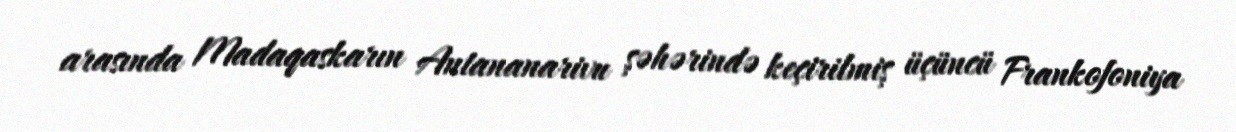
arasında Madaqaskarın Antananarivu şəhərində keçirilmiş üçüncü Frankofoniya